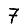
Digit: 7